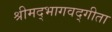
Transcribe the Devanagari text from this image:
श्रीमद्भागवद्गीता